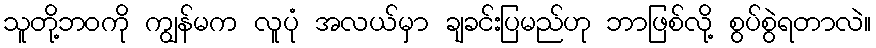
သူတို့ဘဝကို ကျွန်မက လူပုံ အလယ်မှာ ချခင်းပြမည်ဟု ဘာဖြစ်လို့ စွပ်စွဲရတာလဲ။